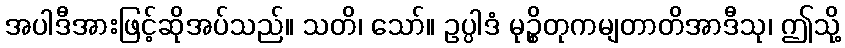
အပါဒီအားဖြင့်ဆိုအပ်သည်။ သတိ၊ သော်။ ဥပ္ပါဒံ မုဉ္စိတုကမျတာတိအာဒီသု၊ ဤသို့